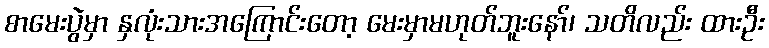
စာမေးပွဲမှာ နှလုံးသားအကြောင်းတော့ မေးမှာမဟုတ်ဘူးနော်၊ သတိလည်း ထားဦး